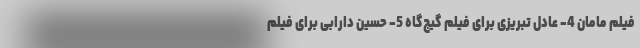
فیلم مامان 4- عادل تبریزی برای فیلم گیج‌گاه 5- حسین دارابی برای فیلم